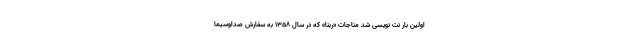
اولین بار نت نویسی شد مناجات «ربّنا» که در سال ۱۳۵۸ به سفارش صداوسیما